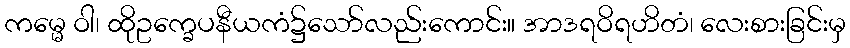
ကမ္မေ ဝါ၊ ထိုဥက္ခေပနီယကံ၌သော်လည်းကောင်း။ အာဒရဝိရဟိတံ၊ လေးစားခြင်းမှ